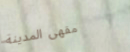
مقهى المدينة